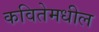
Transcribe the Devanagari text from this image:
कवितेमधील